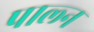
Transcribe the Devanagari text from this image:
पाल्न